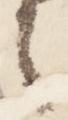
之